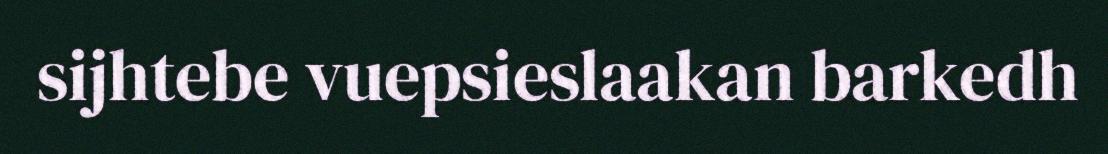
sijhtebe vuepsieslaakan barkedh